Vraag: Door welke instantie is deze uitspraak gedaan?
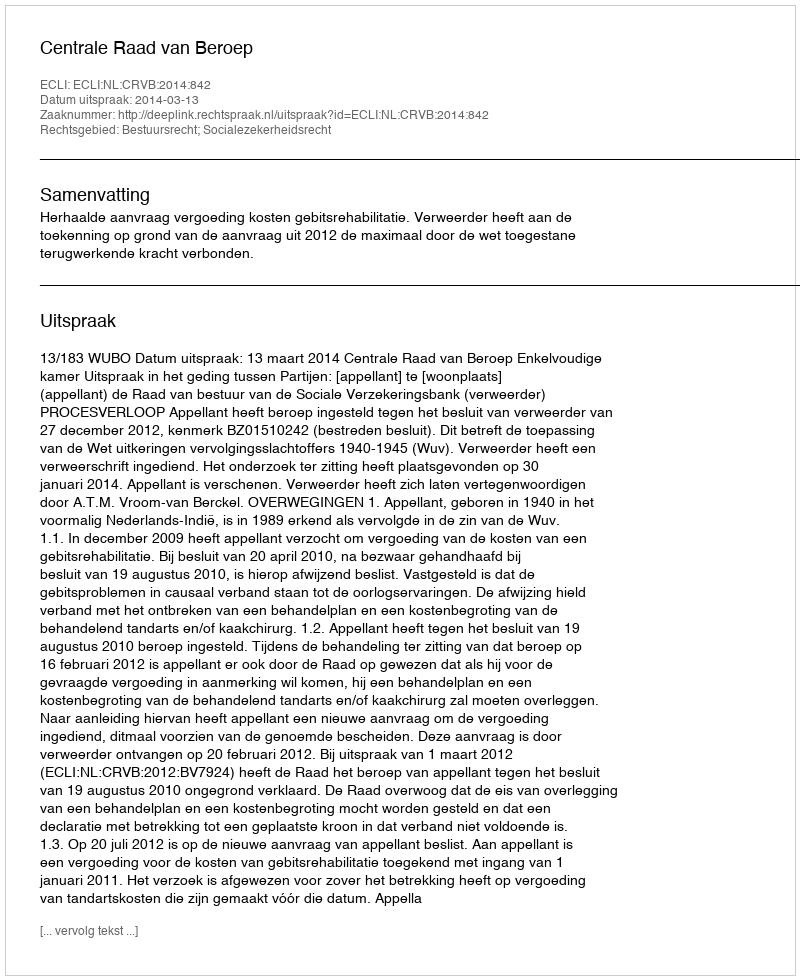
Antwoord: Centrale Raad van Beroep